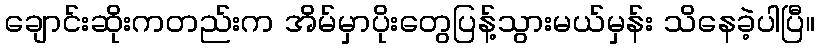
ချောင်းဆိုးကတည်းက အိမ်မှာပိုးတွေပြန့်သွားမယ်မှန်း သိနေခဲ့ပါပြီ။